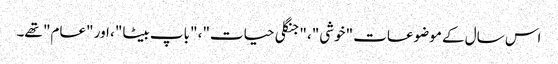
اس سال کے موضوعات "خوشی"، "جنگلی حیات"، "باپ بیٹا"، اور "عام" تھے۔